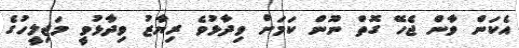
އެކަން ވާން ޖެހޭ ގޮތް ނޫން ކަމަށް ވިދާޅުވެ ރިޔާޒު ވިދާޅުވީ މަޖިލީހުގެ